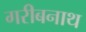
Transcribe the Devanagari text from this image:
गरीबनाथ